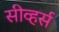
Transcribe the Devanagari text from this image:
सीव्हर्स